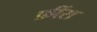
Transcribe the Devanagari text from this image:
फ्रींस